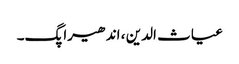
غیاث الدین ، اندھیرا پگ۔